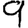
Digit: 9